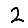
Digit: 2